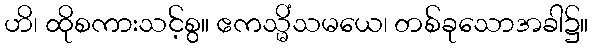
ဟိ၊ ထိုစကားသင့်စွ။ ဧကသ္မိံသမယေ၊ တစ်ခုသောအခါ၌။